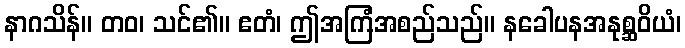
နာဂသိန်။ တဝ၊ သင်၏။ ဧတံ၊ ဤအကြံအစည်သည်။ နခေါပနအနုစ္ဆဝိယံ၊